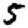
Digit: 5